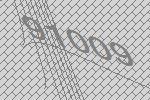
91009